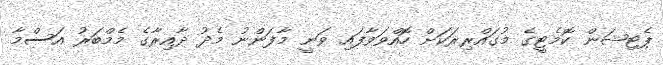
ޕެޓިޝަން ކޮމެޓީގެ މުގައްރިރަކަށް ހޮއްވަވާފައި ވަނީ މާފަންނު މެދު ދާއިރާގެ މެމްބަރު އަސްމާ